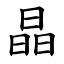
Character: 晶